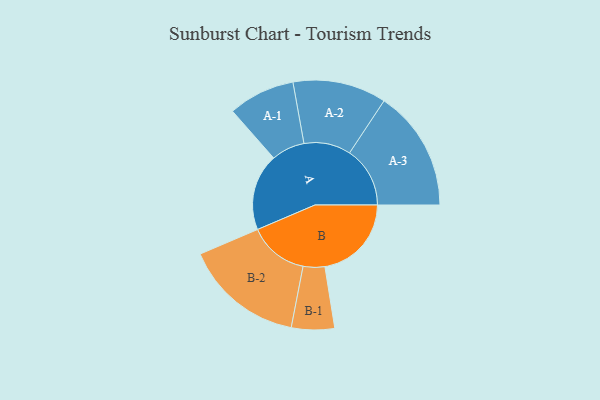
{"axis": {"x": "Segment", "y": "Value"}, "legend": ["", "A", "B"], "data": [{"x": "A", "y": 371, "type": ""}, {"x": "B", "y": 418, "type": ""}, {"x": "A-1", "y": 161, "type": "A"}, {"x": "A-2", "y": 226, "type": "A"}, {"x": "A-3", "y": 292, "type": "A"}, {"x": "B-1", "y": 104, "type": "B"}, {"x": "B-2", "y": 289, "type": "B"}]}